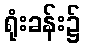
ရုံးခန်း၌